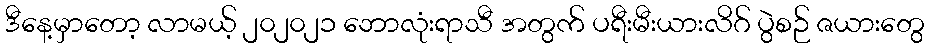
ဒီနေ့မှာတော့ လာမယ့် ၂၀၂၀၂၁ ဘောလုံးရာသီ အတွက် ပရီးမီးယားလိဂ် ပွဲစဉ် ဇယားတွေ